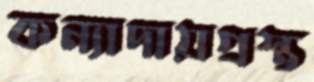
কন্যাদায়গ্রস্ত